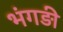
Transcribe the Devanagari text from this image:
भंगड़ी